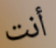
أنت